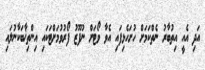
އަދި އެއީ އިތުބާރު ނެތްކަމަށް ހުށަހެޅިފައި އެވާ ވޯޓަށް ނުފޫޒު ފޯރުވުމަށްޓަކައި އިންތިޚާބަކާނުލައި